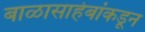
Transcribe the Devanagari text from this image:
बाळासाहेबांकडून